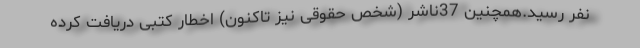
نفر رسید.همچنین 37ناشر (شخص حقوقی نیز تاکنون) اخطار کتبی دریافت کرده